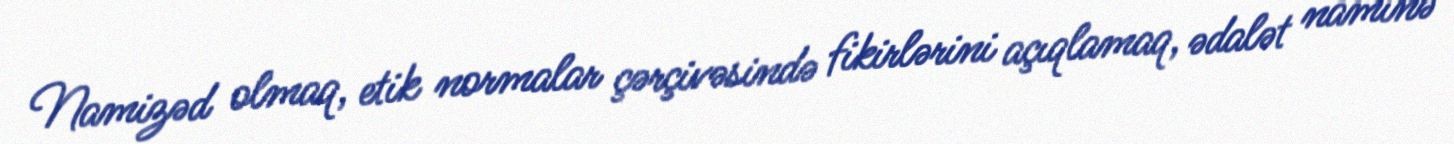
Namizəd olmaq, etik normalar çərçivəsində fikirlərini açıqlamaq, ədalət naminə